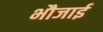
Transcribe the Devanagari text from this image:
भौजाई